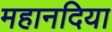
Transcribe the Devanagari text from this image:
महानदिया